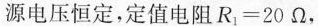
源电压恒定，定值电阻$$R _ { 1 } = 2 0 Ω$$，